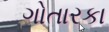
ગોતારકા